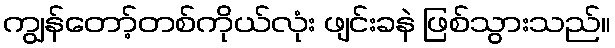
ကျွန်တော့်တစ်ကိုယ်လုံး ဖျင်းခနဲ ဖြစ်သွားသည်။